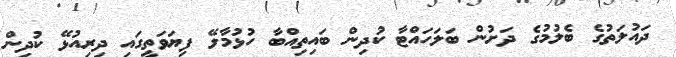
ދައުލަތުގެ ބެލުމުގެ ދަށުން ބަލަހައްޓާ ކުދިން ބައިތިއްބާ ހުޅުމާލޭ ފިޔަވަތީގައި ދިރިއުޅޭ ކުދިން